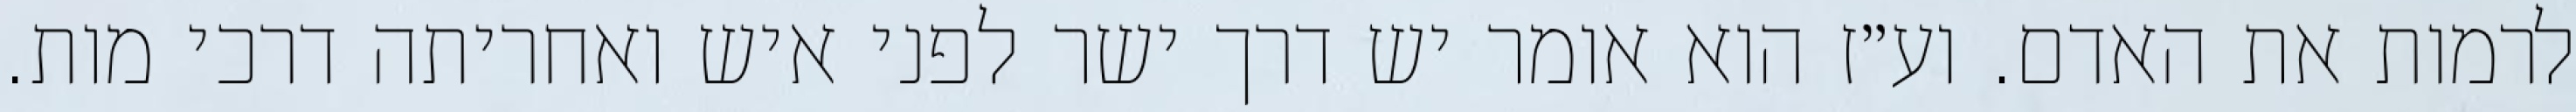
לרמות את האדם. וע״ז הוא אומר יש דרך ישר לפני איש ואחריתה דרכי מות.